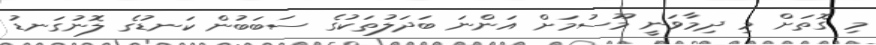
މި ގޮތަށް މި ދިމާވަނީ މޫސުމަށް އަންނަ ބަދަލުތަކުގެ ސަބަބުން ކަނޑުގެ ލޮނުގަނޑު